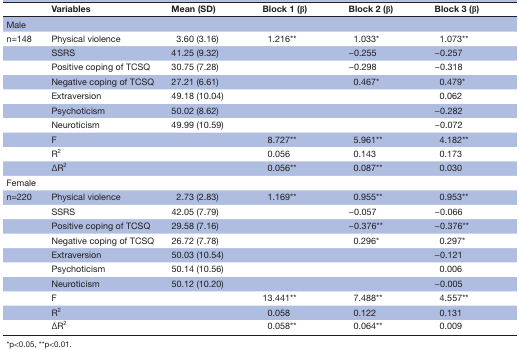
<table><thead><tr><td></td><td><b>Variables</b></td><td><b>Mean (SD)</b></td><td><b>Block 1 (β)</b></td><td><b>Block 2 (β)</b></td><td><b>Block 3 (β)</b></td></tr></thead><tbody><tr><td>Male</td><td></td><td></td><td></td><td></td><td></td></tr><tr><td>n=148</td><td>Physical violence</td><td>3.60 (3.16)</td><td>1.216**</td><td>1.033*</td><td>1.073**</td></tr><tr><td></td><td>SSRS</td><td>41.25 (9.32)</td><td></td><td>−0.255</td><td>−0.257</td></tr><tr><td></td><td>Positive coping of TCSQ</td><td>30.75 (7.28)</td><td></td><td>−0.298</td><td>−0.318</td></tr><tr><td></td><td>Negative coping of TCSQ</td><td>27.21 (6.61)</td><td></td><td>0.467*</td><td>0.479*</td></tr><tr><td></td><td>Extraversion</td><td>49.18 (10.04)</td><td></td><td></td><td>0.062</td></tr><tr><td></td><td>Psychoticism</td><td>50.02 (8.62)</td><td></td><td></td><td>−0.282</td></tr><tr><td></td><td>Neuroticism</td><td>49.99 (10.59)</td><td></td><td></td><td>−0.072</td></tr><tr><td></td><td>F</td><td></td><td>8.727**</td><td>5.961**</td><td>4.182**</td></tr><tr><td></td><td>R<sup>2</sup></td><td></td><td>0.056</td><td>0.143</td><td>0.173</td></tr><tr><td></td><td>ΔR<sup>2</sup></td><td></td><td>0.056**</td><td>0.087**</td><td>0.030</td></tr><tr><td>Female</td><td></td><td></td><td></td><td></td><td></td></tr><tr><td>n=220</td><td>Physical violence</td><td>2.73 (2.83)</td><td>1.169**</td><td>0.955**</td><td>0.953**</td></tr><tr><td></td><td>SSRS</td><td>42.05 (7.79)</td><td></td><td>−0.057</td><td>−0.066</td></tr><tr><td></td><td>Positive coping of TCSQ</td><td>29.58 (7.16)</td><td></td><td>−0.376**</td><td>−0.376**</td></tr><tr><td></td><td>Negative coping of TCSQ</td><td>26.72 (7.78)</td><td></td><td>0.296*</td><td>0.297*</td></tr><tr><td></td><td>Extraversion</td><td>50.03 (10.54)</td><td></td><td></td><td>−0.121</td></tr><tr><td></td><td>Psychoticism</td><td>50.14 (10.56)</td><td></td><td></td><td>0.006</td></tr><tr><td></td><td>Neuroticism</td><td>50.12 (10.20)</td><td></td><td></td><td>−0.005</td></tr><tr><td></td><td>F</td><td></td><td>13.441**</td><td>7.488**</td><td>4.557**</td></tr><tr><td></td><td>R<sup>2</sup></td><td></td><td>0.058</td><td>0.122</td><td>0.131</td></tr><tr><td></td><td>ΔR<sup>2</sup></td><td></td><td>0.058**</td><td>0.064**</td><td>0.009</td></tr></tbody></table>